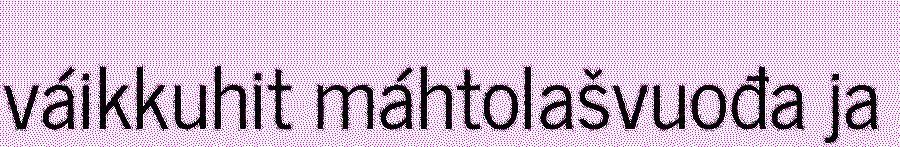
váikkuhit máhtolašvuođa ja